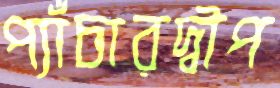
প্যাঁচারদ্বীপ